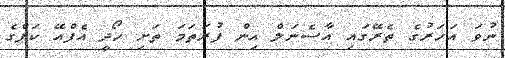
ނުވަ އަހަރުގެ ތެރޭގައި އާސެނަލް އިން ފުރަތަމަ ތަށި ހޯދީ އެފްއޭ ކަޕްގެ